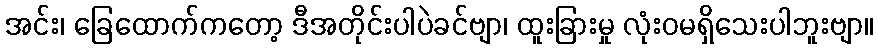
အင်း၊ ခြေထောက်ကတော့ ဒီအတိုင်းပါပဲခင်ဗျာ၊ ထူးခြားမှု လုံးဝမရှိသေးပါဘူးဗျာ။